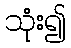
သုံး၍